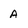
Character: A